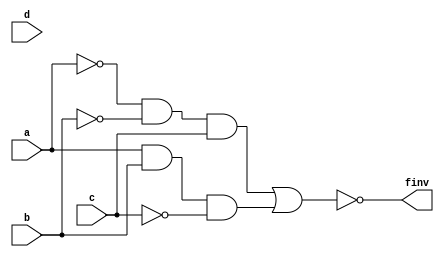
// f = a'b'c' + abc'

module f2_not (finv, a, b, c, d);
  input a, b, c, d;
  output finv;
  wire a_inv, b_inv, c_inv, a_inv_b_inv_c, abc_inv, f;

  not not1(a_inv, a);
  not not2(b_inv, b);
  not not3(c_inv, c);
  and and1(a_inv_b_inv_c, a_inv, b_inv, c);
  and and2(abc_inv, a, b, c_inv);
  or or1(f, a_inv_b_inv_c, abc_inv);
  not not4(finv, f);

endmodule // f2_not

module f2 (f, a, b, c, d);
  input a, b, c, d;
  output f;
  wire a_inv, b_inv, c_inv, a_inv_b_inv_c, abc_inv, f;

  not not1(a_inv, a);
  not not2(b_inv, b);
  not not3(c_inv, c);
  and and1(a_inv_b_inv_c, a_inv, b_inv, c);
  and and2(abc_inv, a, b, c_inv);
  or or1(f, a_inv_b_inv_c, abc_inv);

endmodule // f2